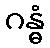
ဂန္ဓံ